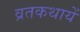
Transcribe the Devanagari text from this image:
व्रतकथायें